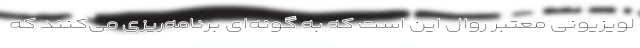
لویزیونی معتبر روال این است که به گونه‌ای برنامه‌ریزی می‌کنند که